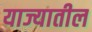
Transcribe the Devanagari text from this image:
याज्यातील